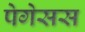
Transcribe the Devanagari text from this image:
पेगेसस